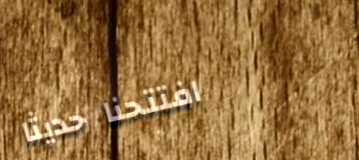
افتتحنا حديثاً